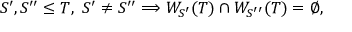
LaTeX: S ^ { \prime } , S ^ { \prime \prime } \leq T , \ S ^ { \prime } \not = S ^ { \prime \prime } \Longrightarrow W _ { S ^ { \prime } } ( T ) \cap W _ { S ^ { \prime \prime } } ( T ) = \emptyset ,